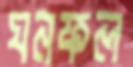
ঘনফল